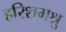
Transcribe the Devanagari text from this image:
हरिशमश्रु